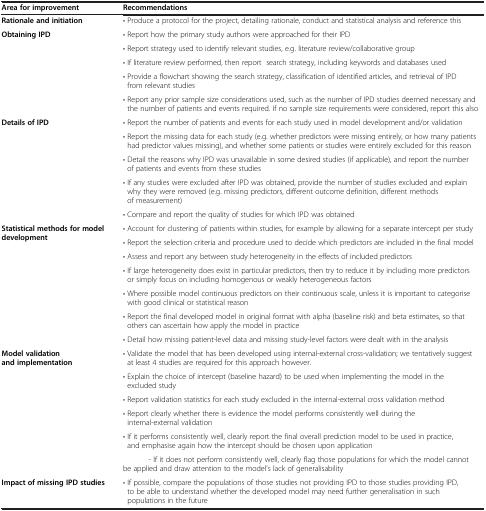
<table><thead><tr><td><b>Area for improvement</b></td><td><b>Recommendations</b></td></tr></thead><tbody><tr><td><b>Rationale and initiation</b></td><td>• Produce a protocol for the project, detailing rationale, conduct and statistical analysis and reference this</td></tr><tr><td rowspan="5"><b>Obtaining IPD</b></td><td>• Report how the primary study authors were approached for their IPD</td></tr><tr><td>• Report strategy used to identify relevant studies, e.g. literature review/collaborative group</td></tr><tr><td>• If literature review performed, then report search strategy, including keywords and databases used</td></tr><tr><td>• Provide a flowchart showing the search strategy, classification of identified articles, and retrieval of IPD from relevant studies</td></tr><tr><td>• Report any prior sample size considerations used, such as the number of IPD studies deemed necessary and the number of patients and events required. If no sample size requirements were considered, report this also</td></tr><tr><td rowspan="5"><b>Details of IPD</b></td><td>• Report the number of patients and events for each study used in model development and/or validation</td></tr><tr><td>• Report the missing data for each study (e.g. whether predictors were missing entirely, or how many patients had predictor values missing), and whether some patients or studies were entirely excluded for this reason</td></tr><tr><td>• Detail the reasons why IPD was unavailable in some desired studies (if applicable), and report the number of patients and events from these studies</td></tr><tr><td>• If any studies were excluded after IPD was obtained, provide the number of studies excluded and explain why they were removed (e.g. missing predictors, different outcome definition, different methods of measurement)</td></tr><tr><td>• Compare and report the quality of studies for which IPD was obtained</td></tr><tr><td rowspan="7"><b>Statistical methods for model development</b></td><td>• Account for clustering of patients within studies, for example by allowing for a separate intercept per study</td></tr><tr><td>• Report the selection criteria and procedure used to decide which predictors are included in the final model</td></tr><tr><td>• Assess and report any between study heterogeneity in the effects of included predictors</td></tr><tr><td>• If large heterogeneity does exist in particular predictors, then try to reduce it by including more predictors or simply focus on including homogenous or weakly heterogeneous factors</td></tr><tr><td>• Where possible model continuous predictors on their continuous scale, unless it is important to categorise with good clinical or statistical reason</td></tr><tr><td>• Report the final developed model in original format with alpha (baseline risk) and beta estimates, so that others can ascertain how apply the model in practice</td></tr><tr><td>• Detail how missing patient-level data and missing study-level factors were dealt with in the analysis</td></tr><tr><td rowspan="6"><b>Model validation and implementation</b></td><td>• Validate the model that has been developed using internal-external cross-validation; we tentatively suggest at least 4 studies are required for this approach however.</td></tr><tr><td>• Explain the choice of intercept (baseline hazard) to be used when implementing the model in the excluded study</td></tr><tr><td>• Report validation statistics for each study excluded in the internal-external cross validation method</td></tr><tr><td>• Report clearly whether there is evidence the model performs consistently well during the internal-external validation</td></tr><tr><td>• If it performs consistently well, clearly report the final overall prediction model to be used in practice, and emphasise again how the intercept should be chosen upon application</td></tr><tr><td>- If it does not perform consistently well, clearly flag those populations for which the model cannot be applied and draw attention to the model’s lack of generalisability</td></tr><tr><td><b>Impact of missing IPD studies</b></td><td>• If possible, compare the populations of those studies not providing IPD to those studies providing IPD, to be able to understand whether the developed model may need further generalisation in such populations in the future</td></tr></tbody></table>